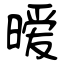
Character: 暧